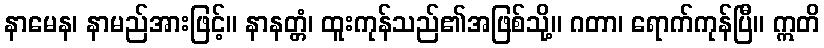
နာမေန၊ နာမည်အားဖြင့်။ နာနတ္တံ၊ ထူးကုန်သည်၏အဖြစ်သို့။ ဂတာ၊ ရောက်ကုန်ပြီ။ ဣတိ